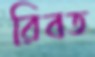
রিবত